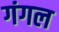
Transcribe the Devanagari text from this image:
गंगल